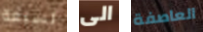
لسبعة الى العاصفة